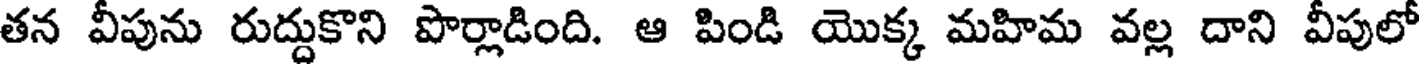
తన వీపును రుద్దుకొని పొర్లాడింది. ఆ పిండి యొక్క మహిమ వల్ల దాని వీపులో